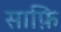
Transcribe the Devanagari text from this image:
साफ़ि